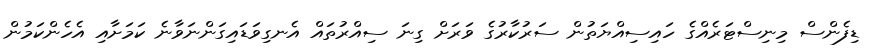
ޑިފެންސް މިނިސްޓަރެއްގެ ހައިސިއްޔަތުން ސަރުކާރުގެ ވަރަށް ގިނަ ސިއްރުތައް އެނގިވަޑައިގަންނަވާނެ ކަމަށާއި އެހެންކަމުން